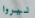
ليروا